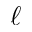
\ell